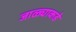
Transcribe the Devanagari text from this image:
जाळ्याकडे